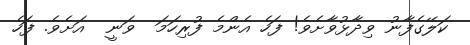
ކަލޭގެފާނު ވިދާޅުވާށެވެ! ފަހެ އެންމެ ފުރިހަމަ  ވަނީ  އަށެވެ. ފަހެ